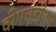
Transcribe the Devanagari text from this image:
वीएचडीएल